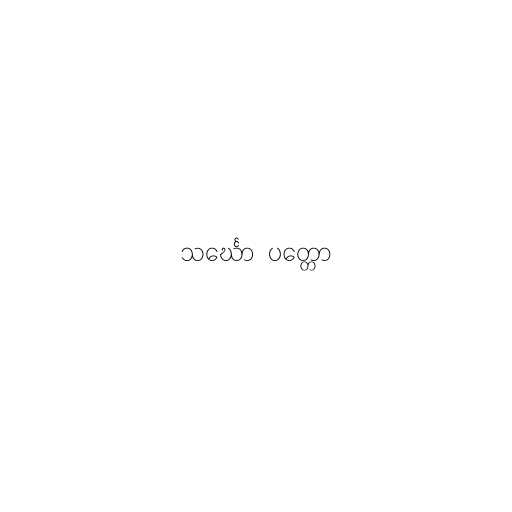
သင်္ဃော  ပတ္တော